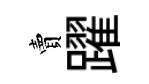
賣躍